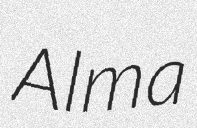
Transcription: Alma